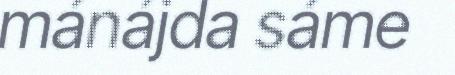
mánájda sáme